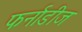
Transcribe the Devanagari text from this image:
फर्नाडीज